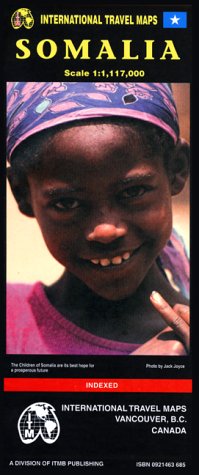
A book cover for Somalia Map; International Travel Maps; Travel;